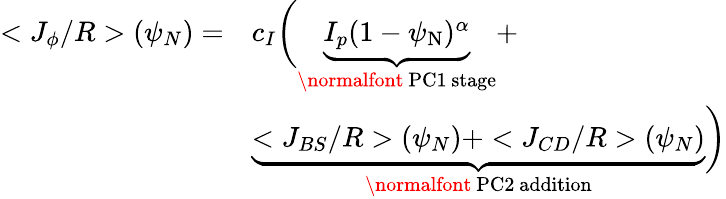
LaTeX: \begin{array}{rl}{<J_{\phi}/R>(\psi_{N})=}&{c_{I}\bigg(\underbrace{I_{p}(1-\psi_{\mathrm{N}})^{\alpha}}_{\mathrm{\normalfont~PC1~stage}}+}\\ &{\underbrace{<J_{BS}/R>(\psi_{N})+<J_{CD}/R>(\psi_{N})}_{\mathrm{\normalfont~PC2~addition}}\bigg)}\end{array}